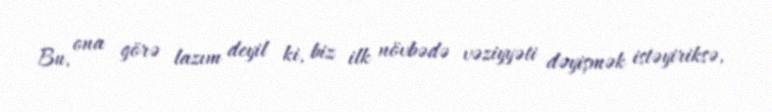
Bu, ona görə lazım deyil ki, biz ilk növbədə vəziyyəti dəyişmək istəyiriksə,